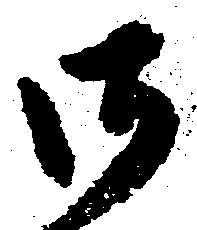
御